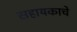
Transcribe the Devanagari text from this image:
सहायकाचे